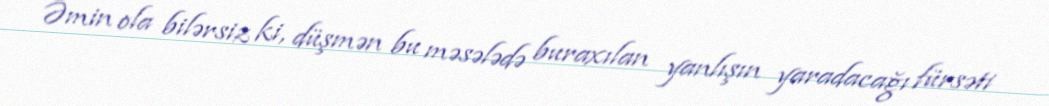
Əmin ola bilərsiz ki, düşmən bu məsələdə buraxılan yanlışın yaradacağı fürsəti